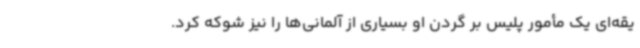
یقه‌ای یک مأمور پلیس بر گردن او بسیاری از آلمانی‌ها را نیز شوکه کرد.